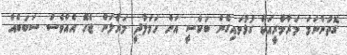
ގޮތުންނަމަ މަރާމާރީއަކާ ގުޅުވައިގެން ބަކްސީ އަށް ހަމަލާދީ މަރާލަން ޖެހޭ އެއްވެސް ސަބަބެއް